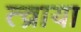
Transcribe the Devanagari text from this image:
त्व्राया